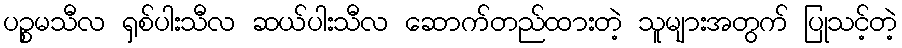
ပဉ္စမသီလ ရှစ်ပါးသီလ ဆယ်ပါးသီလ ဆောက်တည်ထားတဲ့ သူများအတွက် ပြုသင့်တဲ့